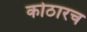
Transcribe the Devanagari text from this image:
कोठारच